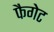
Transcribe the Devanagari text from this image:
फैगेट